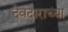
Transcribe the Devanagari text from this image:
देवदाराच्या